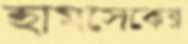
হামসেকের